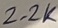
Text: 2.2K